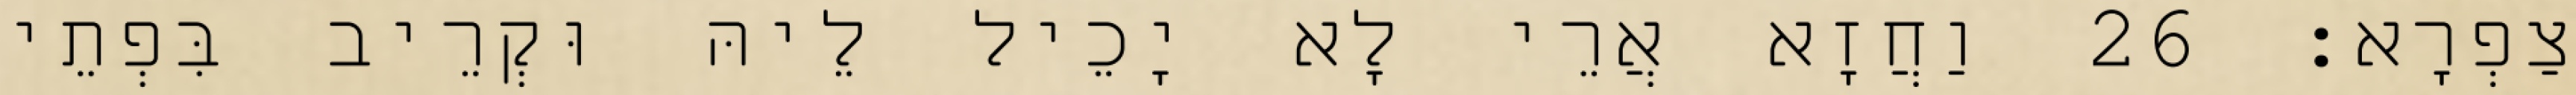
צַפְרָא׃ 26 וַחֲזָא אֲרֵי לָא יָכֵיל לֵיהּ וּקְרֵיב בִּפְתֵי